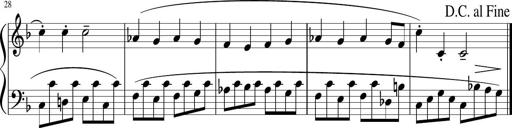
Title: 12 Keyboard Sonatinas
Composer: James Hook